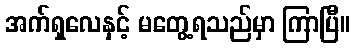
အက်ရှလေနှင့် မတွေ့ရသည်မှာ ကြာပြီ။